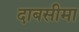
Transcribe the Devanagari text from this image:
दाबसीमा